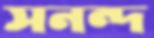
সনন্দ